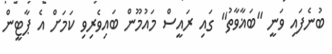
ބުނެފައި ވަނީ "ބަޣާވާތު" ގައި ރައީސް މައުމޫން ބައިވެރިވި ކަމަށް އެ ޕާޓީން